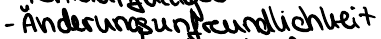
- Änderungsunfreundlichkeit